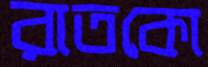
রাতকো